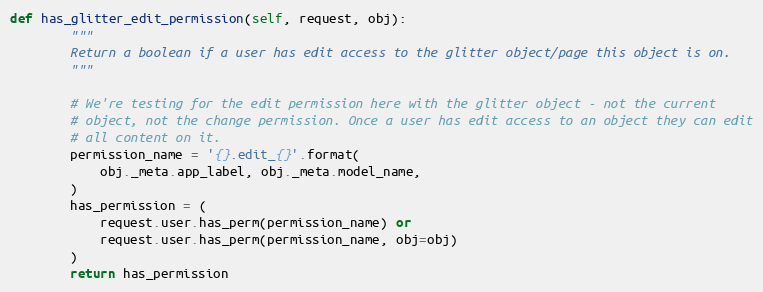
Language: Python
def has_glitter_edit_permission(self, request, obj):
        """
        Return a boolean if a user has edit access to the glitter object/page this object is on.
        """

        # We're testing for the edit permission here with the glitter object - not the current
        # object, not the change permission. Once a user has edit access to an object they can edit
        # all content on it.
        permission_name = '{}.edit_{}'.format(
            obj._meta.app_label, obj._meta.model_name,
        )
        has_permission = (
            request.user.has_perm(permission_name) or
            request.user.has_perm(permission_name, obj=obj)
        )
        return has_permission